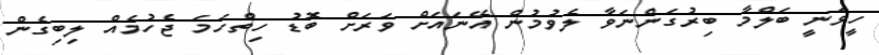
ހީވަނީ ބަލްމާ ބިރުގަންނަވާ ލެވުމުން އޭނައަށް ވަރަށް ބޮޑު ހިތްހަމަ ޖެހުމެއް ލިބިގެން